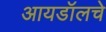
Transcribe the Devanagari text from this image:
आयडॉलचे